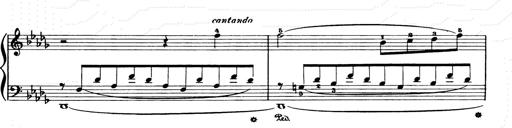
Title: Consolations and LiebestrÃ¤ume for the Piano
Composer: Franz Liszt